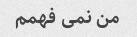
من نمی فهمم